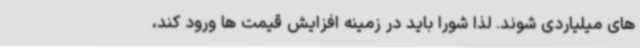
های میلیاردی شوند. لذا شورا باید در زمینه افزایش قیمت ها ورود کند،